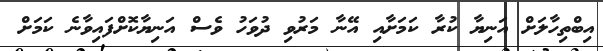
އިބްތިހާލަށް އަނިޔާ ކުރާ ކަމަށާއި އޭނާ މަރުވި ދުވަހު ވެސް އަނިޔާކޮށްފައިވާނެ ކަމަށް